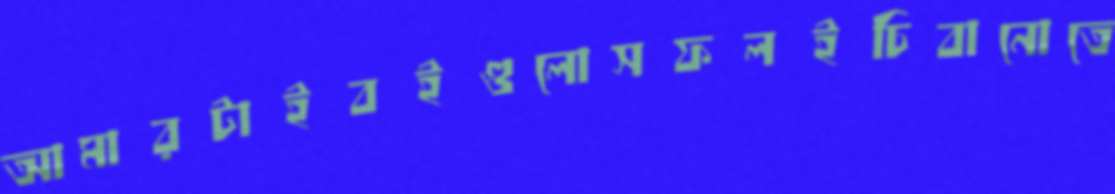
আমারটাইবইগুলোসফলইচিবানোতে